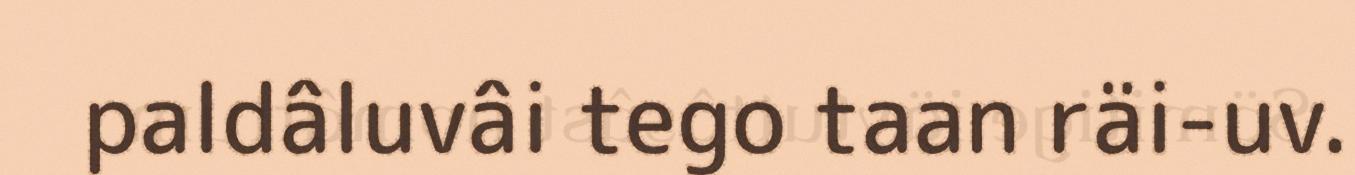
paldâluvâi tego taan räi-uv.